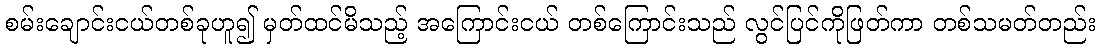
စမ်းချောင်းငယ်တစ်ခုဟူ၍ မှတ်ထင်မိသည့် အကြောင်းငယ် တစ်ကြောင်းသည် လွင်ပြင်ကိုဖြတ်ကာ တစ်သမတ်တည်း